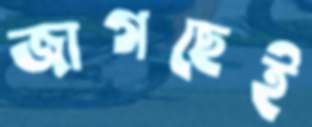
জাগছেই